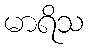
မာရိသ